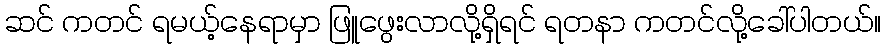
ဆင် ကတင် ရမယ့်နေရာမှာ ဖြူဖွေးလာလို့ရှိရင် ရတနာ ကတင်လို့ခေါ်ပါတယ်။